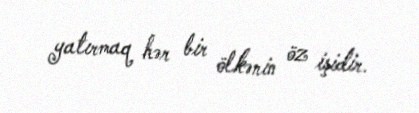
yatırmaq hər bir ölkənin öz işidir.